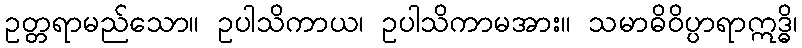
ဥတ္တရာမည်သော။ ဥပါသိကာယ၊ ဥပါသိကာမအား။ သမာဓိဝိပ္ပာရာဣဒ္ဓိ၊